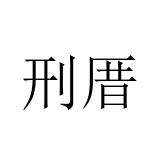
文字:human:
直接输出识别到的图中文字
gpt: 刑厝